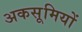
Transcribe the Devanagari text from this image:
अकसूमियों